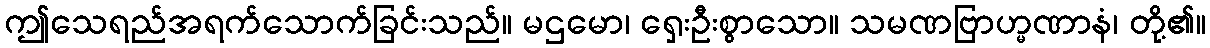
ဤသေရည်အရက်သောက်ခြင်းသည်။ မဌမော၊ ရှေးဦးစွာသော။ သမဏဗြာဟ္မဏာနံ၊ တို့၏။